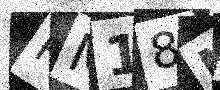
Text: RM18NZ